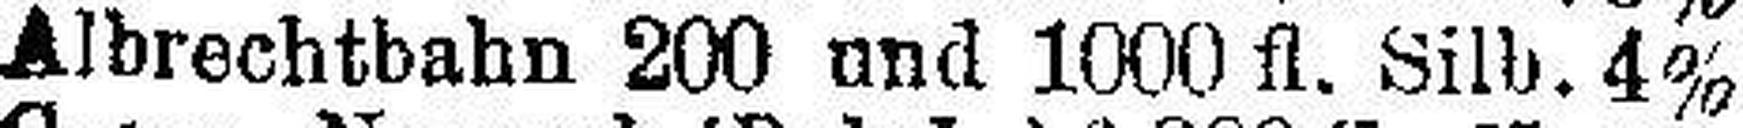
Albrechtbahn 200 und 1000 fl. Silb. 4%